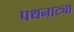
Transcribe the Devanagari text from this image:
पथनाट्या